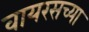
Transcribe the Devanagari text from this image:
वायरसच्या